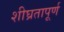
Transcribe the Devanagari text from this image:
शीघ्रतापूर्ण